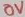
Text: 0V